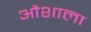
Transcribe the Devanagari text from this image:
औशाला